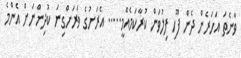
ވާނެތަ އަހަރެން ދެން ފޫހި ފިލުވަން ކުރާކަމެއްމީ..... އެރަށުގެ ވަރަށްގިނަ ކުދިންނަށް އެންމެ